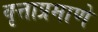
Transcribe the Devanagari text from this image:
वृत्ताप्रमाणे